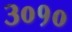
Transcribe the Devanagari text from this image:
३०१०